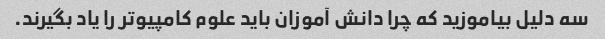
سه دلیل بیاموزید که چرا دانش آموزان باید علوم کامپیوتر را یاد بگیرند.